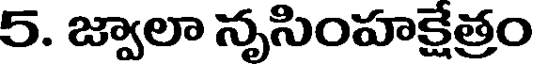
5. జ్వాలా నృసింహక్షేత్రం